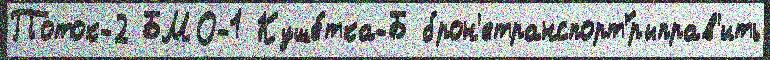
Поток-2 БМО-1 Куше́тка-Б брон'етранспорт'́рыправ'ить